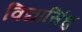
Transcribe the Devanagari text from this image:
विद्यासिंधु